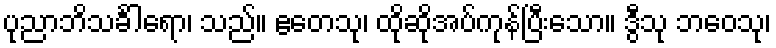
ပုညာဘိသင်္ခါရော၊ သည်။ ဧတေသု၊ ထိုဆိုအပ်ကုန်ပြီးသော။ ဒွီသု ဘဝေသု၊